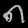
Digit: ၈